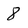
Character: 8